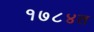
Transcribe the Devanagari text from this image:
१७८४त